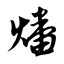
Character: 燔